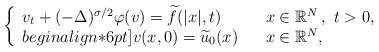
\begin{align*}\left\{\begin{array}[c]{lll}v_t+(-\Delta)^{\sigma/2}\varphi(v)=\widetilde{f}(|x|,t) & & x\in\mathbb{R}^{N}\,, \ t>0,\\begin{align*}6pt]v(x,0)=\widetilde{u}_{0}(x) & & x\in\mathbb{R}^{N},\end{array}\right. \end{align*}